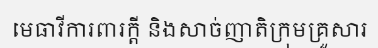
មេធាវីការពារក្តី និងសាច់ញាតិក្រុមគ្រួសារ